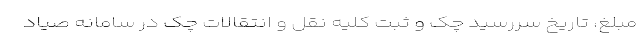
مبلغ، تاریخ سررسید چک و ثبت کلیه نقل و انتقالات چک در سامانه صیاد